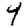
Digit: 9